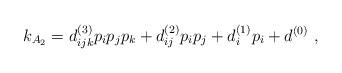
LaTeX: \begin{align*} k_{A_2} = d^{(3)}_{ijk} p_{i} p_{j} p_{k} + d^{(2)}_{ij} p_{i} p_{j} + d^{(1)}_{i} p_{i} + d^{(0)}\ ,\end{align*}